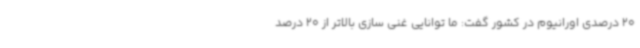
20 درصدی اورانیوم در کشور گفت: ما توانایی غنی سازی بالاتر از 20 درصد